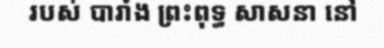
របស់ បារាំង ព្រះពុទ្ធ សាសនា នៅ